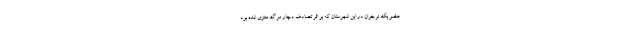
عضو یک نوجوان در این شهرستان که بر اثر تصادف دچار مرگ مغزی شده بود